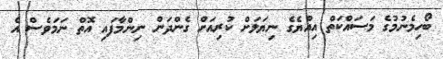
ބޯހިމެނުމުގެ މަސައްކަތް އިއްޔެގެ ނިޔަލަށް ކުރިއަށް ގެންދަން ނިންމާފައި އޮތް ނަމަވެސް އެ